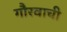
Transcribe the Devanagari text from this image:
गौरवाची